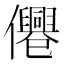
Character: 𠑣